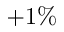
+ 1 \%